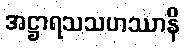
အဋ္ဌာရသသဟဿာနိ